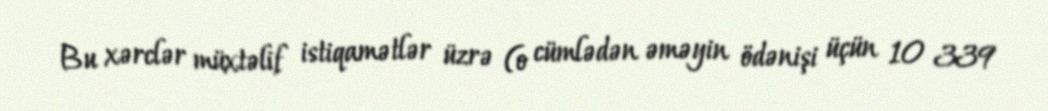
Bu xərclər müxtəlif istiqamətlər üzrə (o cümlədən əməyin ödənişi üçün 10 339